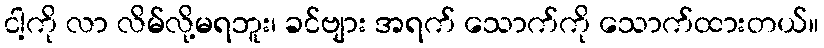
ငါ့ကို လာ လိမ်လို့မရဘူး၊ ခင်ဗျား အရက် သောက်ကို သောက်ထားတယ်။